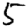
Digit: 5